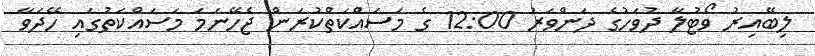
ލިބޭއިރު ވޯޓުލާ ދުވަހުގެ ދަންވަރު 12:00 ގެ މަސައްކަތްކުރަން ޖެހޭނަމަ މަސައްކަތުގައި ހޭދަވާ